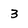
Character: 3